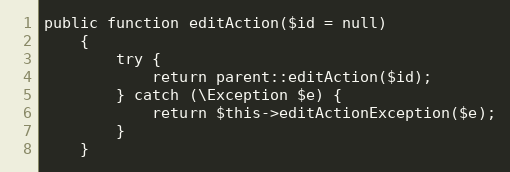
Language: PHP
public function editAction($id = null)
    {
        try {
            return parent::editAction($id);
        } catch (\Exception $e) {
            return $this->editActionException($e);
        }
    }